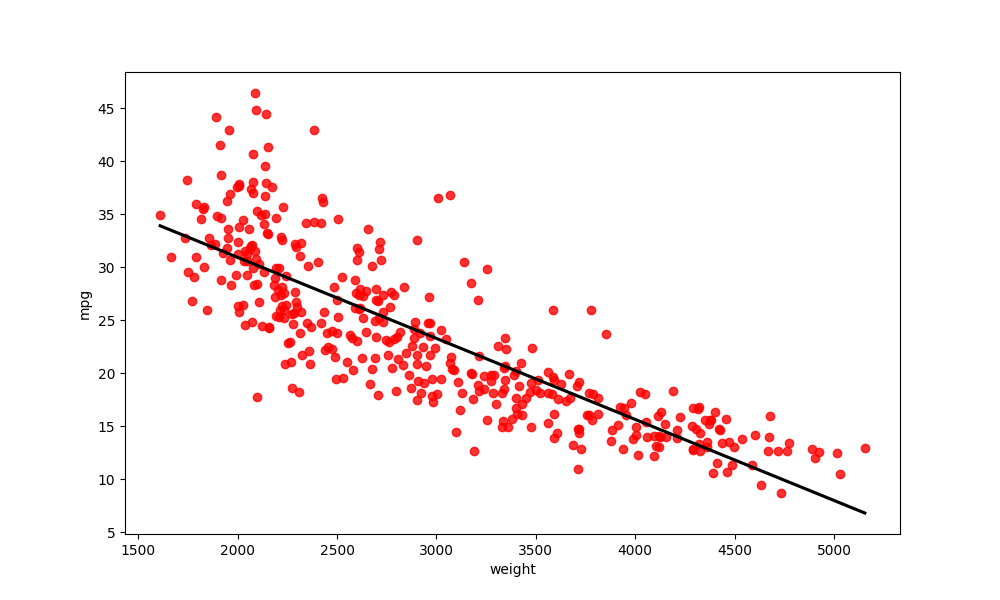
python, seaborn, regplot, order=1, ci=None, scatter_color=red, line_color=black